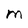
Character: M